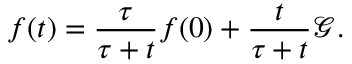
f ( t ) = \frac { \tau } { \tau + t } f ( 0 ) + \frac { t } { \tau + t } \mathscr { G } .